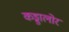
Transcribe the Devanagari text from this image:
कड्डालोर